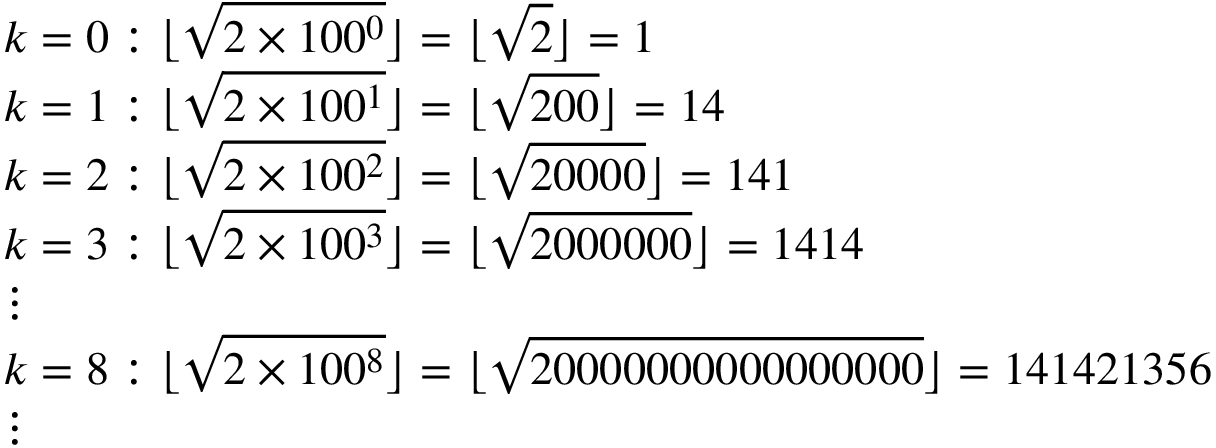
{ \begin{array} { r l } & { k = 0 : \lfloor { \sqrt { 2 \times 1 0 0 ^ { 0 } } } \rfloor = \lfloor { \sqrt { 2 } } \rfloor = 1 } \\ & { k = 1 : \lfloor { \sqrt { 2 \times 1 0 0 ^ { 1 } } } \rfloor = \lfloor { \sqrt { 2 0 0 } } \rfloor = 1 4 } \\ & { k = 2 : \lfloor { \sqrt { 2 \times 1 0 0 ^ { 2 } } } \rfloor = \lfloor { \sqrt { 2 0 0 0 0 } } \rfloor = 1 4 1 } \\ & { k = 3 : \lfloor { \sqrt { 2 \times 1 0 0 ^ { 3 } } } \rfloor = \lfloor { \sqrt { 2 0 0 0 0 0 0 } } \rfloor = 1 4 1 4 } \\ & { \vdots } \\ & { k = 8 : \lfloor { \sqrt { 2 \times 1 0 0 ^ { 8 } } } \rfloor = \lfloor { \sqrt { 2 0 0 0 0 0 0 0 0 0 0 0 0 0 0 0 0 } } \rfloor = 1 4 1 4 2 1 3 5 6 } \\ & { \vdots } \end{array} }